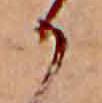
か